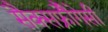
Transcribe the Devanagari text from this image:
सैक्सफ्रीैगेसी